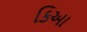
કિઆ